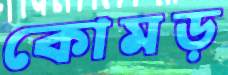
কোমড়